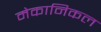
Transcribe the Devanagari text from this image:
मेकानिकल